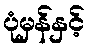
ပုံမှန်နှင့်